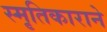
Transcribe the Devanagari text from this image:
स्मृतिकाराने